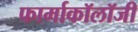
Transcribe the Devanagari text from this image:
फार्माकॉलॉजी